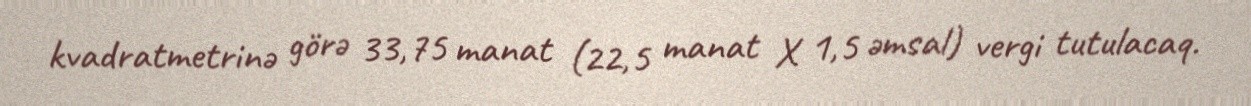
kvadratmetrinə görə 33,75 manat (22,5 manat X 1,5 əmsal) vergi tutulacaq.